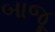
બાજૂ